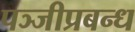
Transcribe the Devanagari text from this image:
पञ्जीप्रबन्ध